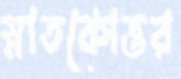
স্নাতকোত্তর